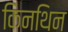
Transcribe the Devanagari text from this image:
किनथिन